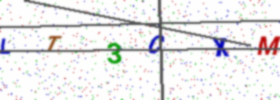
Text: LT3CXM